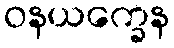
ဝနယက္ခေန